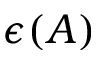
\epsilon ( A )